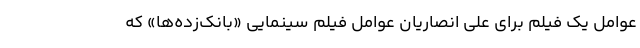
عوامل یک فیلم برای علی انصاریان عوامل فیلم سینمایی «بانک‌زده‌ها» که